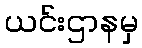
ယင်းဌာနမှ